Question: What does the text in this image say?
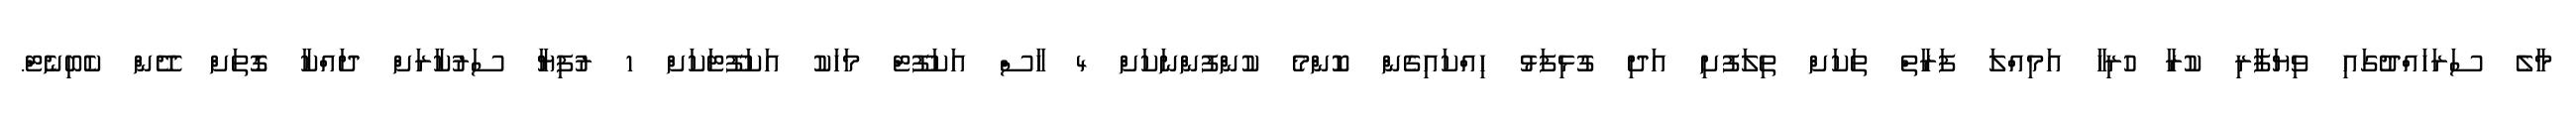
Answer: މާލެ ސަރަހައްދުގައި ވިޔަފާރި ކުރާ ހުރިހާ އަމިއްލަ ފަރާތް ތަކަށް ތިލަފުށި އަދި ގުޅިފަޅު ހިއްކައިގެން ކޮންމެ ކުންފުންނަކަށް 4 ހާސް އަކަފޫޓް މަހަކު އަކަފޫޓަކަށް 1 ރުފިޔާ ސަރުކާރަށް ދައްކާ ގޮތަށް ދޭން ކެބިނެޓް.